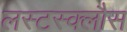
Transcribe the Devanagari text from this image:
लस्टस्क्लौस